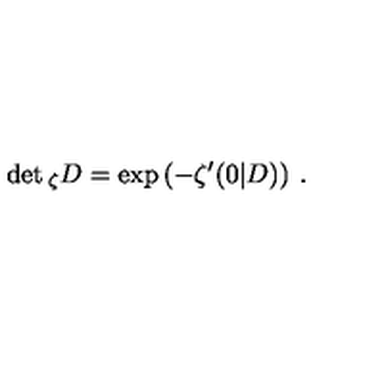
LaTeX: \det { } _ { \zeta } D = \exp \left( - \zeta ^ { \prime } ( 0 | D ) \right) \: .